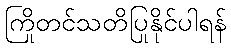
ကြိုတင်သတိပြုနိုင်ပါရန်